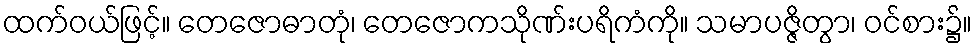
ထက်ဝယ်ဖြင့်။ တေဇောဓာတုံ၊ တေဇောကသိုဏ်းပရိကံကို။ သမာပဇ္ဇိတွာ၊ ဝင်စား၌။